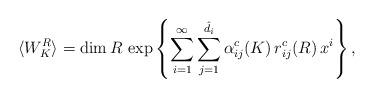
LaTeX: \begin{align*}\langle W^R_K \rangle = \hbox{\rm dim}\, R \,\exp\left\{ \sum_{i=1}^\infty\sum_{j=1}^{\hat d_i} \alpha_{ij}^c(K)\,r_{ij}^c(R)\,x^i\right\},\end{align*}